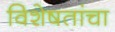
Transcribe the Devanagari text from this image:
विशेषतांचा